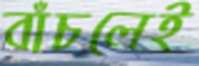
বাঁচলেই